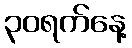
၃၀ရက်နေ့